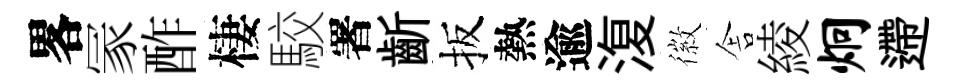
畧冡酢棲駮署齗扳熱逾𣸪徽舎綾炯遰